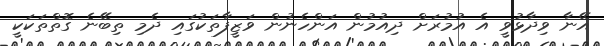
އޭނާ ވިދާޅުވީ އެ އުމުރަށް ދިއުމުން އަންހެނުން ވަޒީފާތަކުގައި ދެމި ތިބޭނެ ގޮތްތަކަކީ